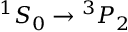
{ } ^ { 1 } S _ { 0 } \rightarrow { } ^ { 3 } P _ { 2 }